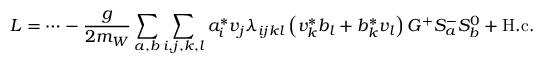
{ \cal L } = \cdots - \frac { g } { 2 m _ { W } } \sum _ { a , b } \sum _ { i , j , k , l } a _ { i } ^ { * } v _ { j } \lambda _ { i j k l } \left( v _ { k } ^ { * } b _ { l } + b _ { k } ^ { * } v _ { l } \right) G ^ { + } S _ { a } ^ { - } S _ { b } ^ { 0 } + \mathrm { H . c . }